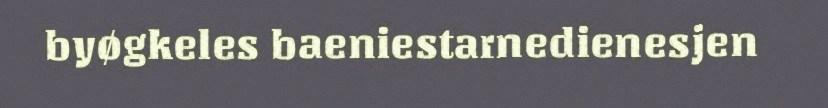
byøgkeles baeniestarnedienesjen